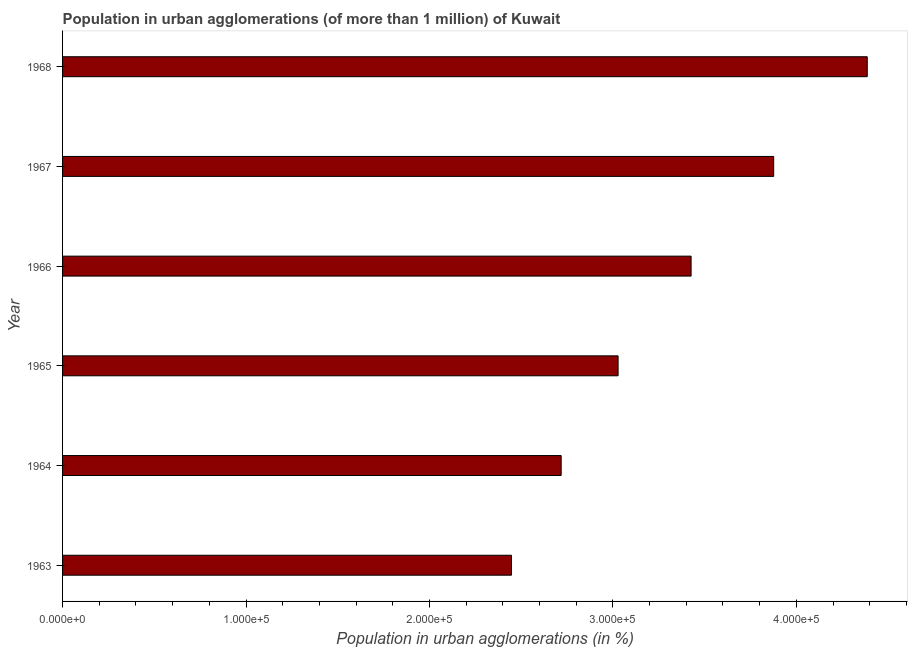
| Year | Population in urban agglomerations |
 | --- | --- |
 | 1963 | 2.45e+05 |
 | 1964 | 2.72e+05 |
 | 1965 | 3.03e+05 |
 | 1966 | 3.43e+05 |
 | 1967 | 3.88e+05 |
 | 1968 | 4.39e+05 |